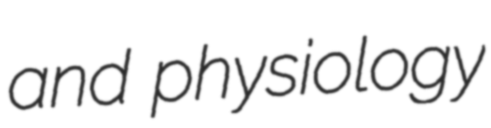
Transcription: and physiology